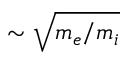
\sim \sqrt { m _ { e } / m _ { i } }